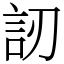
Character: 訒